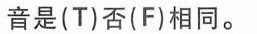
音是(T)否(F)相同.